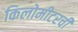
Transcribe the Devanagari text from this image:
किलोमीटरची